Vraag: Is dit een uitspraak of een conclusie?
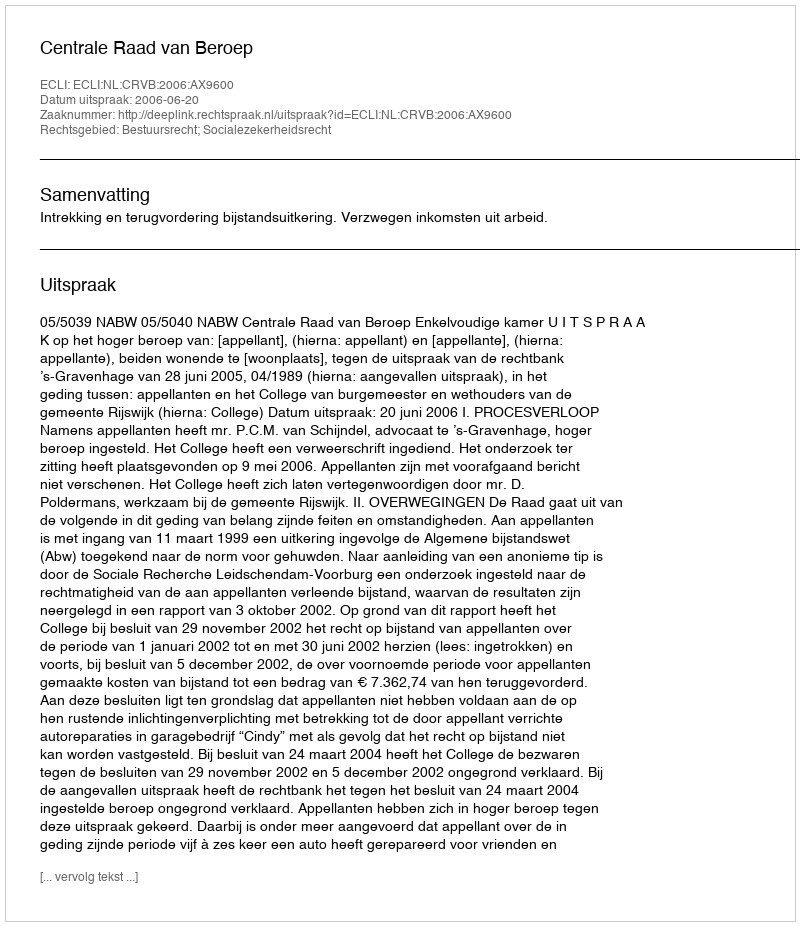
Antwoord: Uitspraak